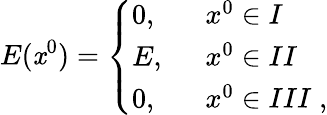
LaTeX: E(\mathit{x}^{0})=\left\{ \begin{array}{ll}{{0,\; \; }}&{{x^{0}\in I}}\\ {{E,\; \; }}&{{x^{0}\in II}}\\ {{0,\; \; }}&{{x^{0}\in III\; ,}}\end{array}\right.